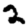
Digit: 2